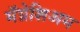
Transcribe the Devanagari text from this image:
मॅग्नेशिअम